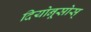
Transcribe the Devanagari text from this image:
दियोनूसोस्